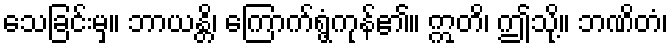
သေခြင်းမှ။ ဘာယန္တိ၊ ကြောက်ရွံ့ကုန်၏။ ဣတိ၊ ဤသို့။ ဘဏိတံ၊